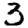
Digit: 3